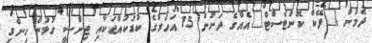
ދެމުން "ފޭކް ކޮންޓެސްޓް"އެއްގެ ދަށުން 15 އަހަރުގެ ކުޑަކުއްޖަކާއި ޖިންސީ ގުޅުން ހިންގި